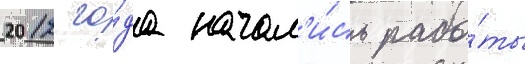
2012 го́да начал'и́сь рабо́ты